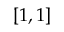
\left[ 1 , 1 \right]